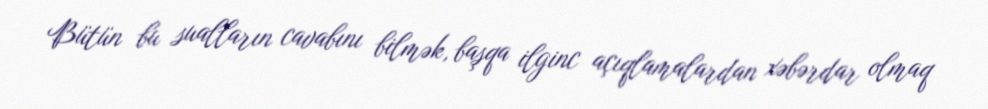
Bütün bu sualların cavabını bilmək, başqa ilginc açıqlamalardan xəbərdar olmaq